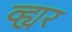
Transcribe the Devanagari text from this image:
व्ह्यर